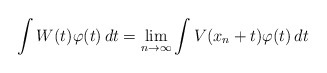
\begin{align*}\int W(t)\varphi(t)\, dt = \lim_{n\to\infty} \int V(x_n+t)\varphi(t)\, dt\end{align*}